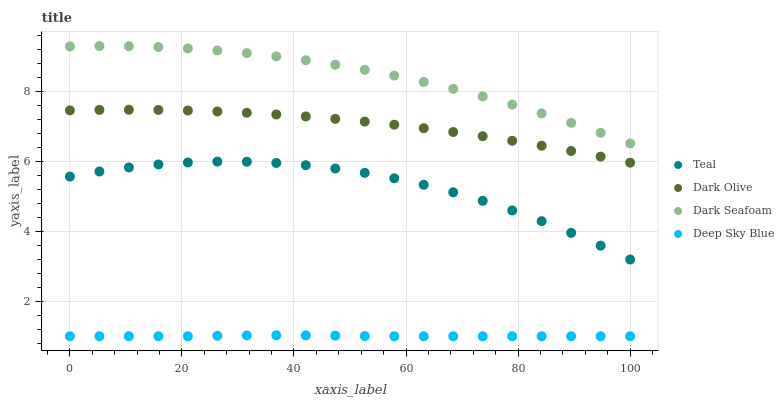
| xaxis_label | Teal | Dark Olive | Dark Seafoam | Deep Sky Blue |
 | --- | --- | --- | --- | --- |
 | 0 | 5.56 | 7.45 | 9.28 | 1 |
 | 5.26 | 5.71 | 7.46 | 9.29 | 1 |
 | 10.5 | 5.82 | 7.47 | 9.28 | 1 |
 | 15.8 | 5.91 | 7.46 | 9.26 | 1 |
 | 21.1 | 5.96 | 7.45 | 9.22 | 1 |
 | 26.3 | 5.99 | 7.42 | 9.16 | 1.01 |
 | 31.6 | 5.98 | 7.38 | 9.08 | 1.02 |
 | 36.8 | 5.95 | 7.33 | 8.99 | 1.03 |
 | 42.1 | 5.88 | 7.28 | 8.88 | 1.03 |
 | 47.4 | 5.79 | 7.21 | 8.75 | 1.02 |
 | 52.6 | 5.67 | 7.13 | 8.61 | 1 |
 | 57.9 | 5.51 | 7.04 | 8.44 | 1 |
 | 63.2 | 5.33 | 6.94 | 8.26 | 1 |
 | 68.4 | 5.11 | 6.83 | 8.06 | 1 |
 | 73.7 | 4.87 | 6.71 | 7.85 | 1 |
 | 78.9 | 4.59 | 6.58 | 7.62 | 1 |
 | 84.2 | 4.29 | 6.44 | 7.36 | 1 |
 | 89.5 | 3.95 | 6.29 | 7.1 | 1 |
 | 94.7 | 3.59 | 6.13 | 6.81 | 1 |
 | 100 | 3.19 | 5.96 | 6.51 | 1 |